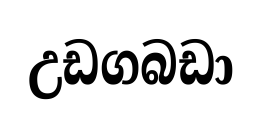
උඩගබඩා